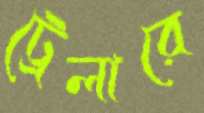
ট্রেলারে